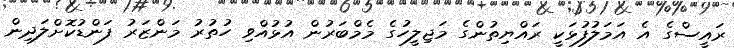
ރައީސްގެ އެ އަމަލުފުޅަކީ ރައްޔިތުންގެ މަޖިލީހުގެ މެމްބަރުން އުޅުއްވި ހުތުރު މަންޒަރު ފަންޑުކޮށްލަދިން